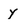
Character: y